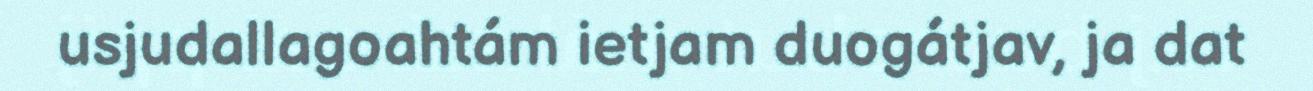
usjudallagoahtám ietjam duogátjav, ja dat